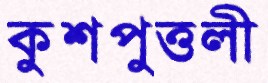
কুশপুত্তলী